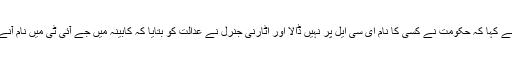
وکیل اومنی گروپ کے وکیل نے کہا کہ یکم جنوری کو افتخار درانی نے کہا کہ حکومت نے کسی کا نام ای سی ایل پر نہیں ڈالا اور اٹارنی جنرل نے عدالت کو بتایا کہ کابینہ میں جے آئی ٹی میں نام آنے پر 172 افراد کو ای سی ایل میں شامل کرنے کا معاملہ رکھا گیا ہے۔